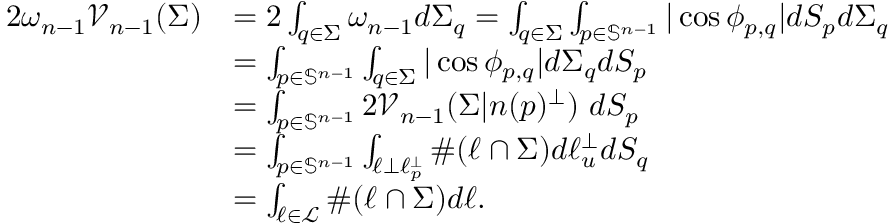
\begin{array} { r l } { 2 \omega _ { n - 1 } \mathcal { V } _ { n - 1 } ( \Sigma ) } & { = 2 \int _ { q \in \Sigma } \omega _ { n - 1 } d \Sigma _ { q } = \int _ { q \in \Sigma } \int _ { p \in \mathbb { S } ^ { n - 1 } } | \cos \phi _ { p , q } | d S _ { p } d \Sigma _ { q } } \\ & { = \int _ { p \in \mathbb { S } ^ { n - 1 } } \int _ { q \in \Sigma } | \cos \phi _ { p , q } | d \Sigma _ { q } d S _ { p } } \\ & { = \int _ { p \in \mathbb { S } ^ { n - 1 } } 2 \mathcal { V } _ { n - 1 } ( \Sigma | n ( p ) ^ { \perp } ) \ d S _ { p } } \\ & { = \int _ { p \in \mathbb { S } ^ { n - 1 } } \int _ { \ell \perp \ell _ { p } ^ { \perp } } \# ( \ell \cap \Sigma ) d \ell _ { u } ^ { \perp } d S _ { q } } \\ & { = \int _ { \ell \in \mathcal { L } } \# ( \ell \cap \Sigma ) d \ell . } \end{array}